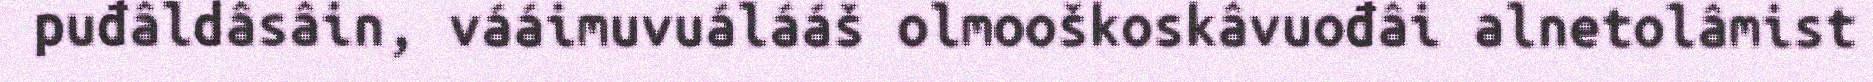
puđâldâsâin, vááimuvuálááš olmooškoskâvuođâi alnetolâmist